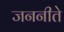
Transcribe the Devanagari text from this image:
जननीते